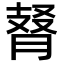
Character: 𦜚